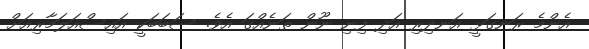
އެންމެ ރަނގަޅީ އަނދިރި އަދި ފިނި ނޫން ތަނެއްގަ އެވެ. ސަބަބަކީ އައިސްއަލަމާރިއަށް